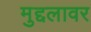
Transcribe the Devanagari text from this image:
मुद्दलावर